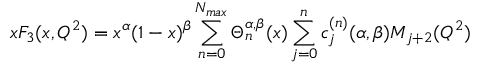
x F _ { 3 } ( x , Q ^ { 2 } ) = x ^ { \alpha } ( 1 - x ) ^ { \beta } \sum _ { n = 0 } ^ { N _ { m a x } } \Theta _ { n } ^ { \alpha , \beta } ( x ) \sum _ { j = 0 } ^ { n } c _ { j } ^ { ( n ) } ( \alpha , \beta ) M _ { j + 2 } ( Q ^ { 2 } )